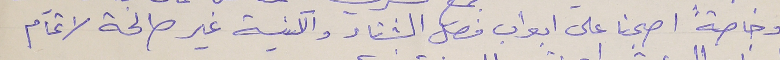
وخاصةً اصبحنا على ابواب فصل الشتاء والكنيسة غير صالحة لاتمام